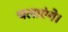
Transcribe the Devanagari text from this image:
चलाएंगे।